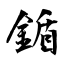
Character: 鍎